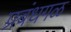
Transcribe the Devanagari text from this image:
प्रबंधगळ